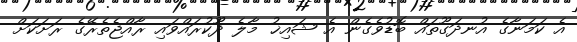
އެ ކަމަނާގެ އުނދަގޫތައް ބޮޑުވެގެން އެ ޝައިޚު މާލެ ދޫކުރައްވައި ރާއްޖެތެރޭގެ ރަށަކަށް